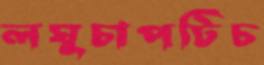
লঘুচাপটিচ